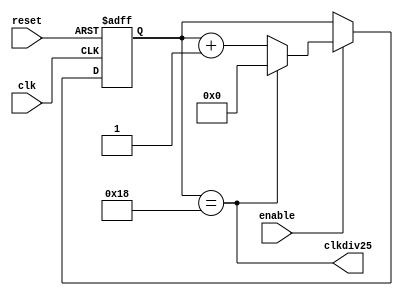
module cnt25 (reset, clk, enable, clkdiv25);
input reset, clk, enable;
output clkdiv25;
reg [5:0] cnt;

assign clkdiv25 =(cnt==5'd24);
always @(posedge reset or posedge clk)
  if (reset) cnt <= 0;
   else if (enable) 
          if (clkdiv25) cnt <= 0;
            else cnt <= cnt + 1;
endmodule